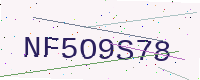
Text: NF5O9S78